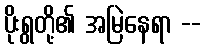
ပိုးရွတို့၏ အမြဲနေရာ --